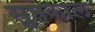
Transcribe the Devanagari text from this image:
सुप्तकाल